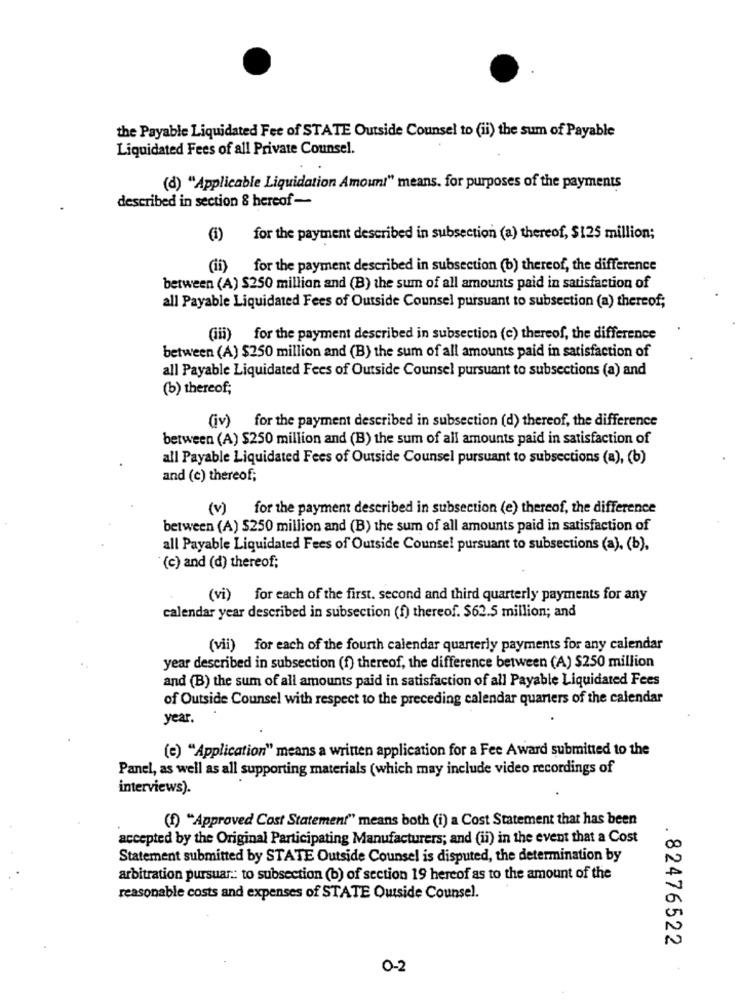
the Payable Liquidated Fee of STATE Outside Counsel to (ii) the sum of Payable
Liquidated Fees of all Private Counsel.
(d) "Applicable Liquidation Amount" means. for purposes of the payments
described in section & hereof -
(1)
for the payment described in subsection (a) thereof, $125 million;
(ii)
for the payment described in subsection (b) thereof, the difference
between (A) $250 million and (B) the sum of all amounts paid in satisfaction of
all Payable Liquidated Fees of Outside Counsel pursuant to subsection (a) thereof;
(iii) for the payment described in subsection (c) thereof, the difference
between (A) $250 million and (B) the sum of all amounts paid in satisfaction of
all Payable Liquidated Fees of Outside Counsel pursuant to subsections (a) and
(b) thereof;
(iv) for the payment described in subsection (d) thereof, the difference
between (A) $250 million and (B) the sum of all amounts paid in satisfaction of
all Payable Liquidated Fees of Outside Counsel pursuant to subsections (a), (b)
and (c) thereof;
(v)
for the payment described in subsection (e) thereof, the difference
between (A) $250 million and (B) the sum of all amounts paid in satisfaction of
all Payable Liquidated Fees of Outside Counsel pursuant to subsections (a), (b),
(c) and (d) thereof;
(vi) for each of the first. second and third quarterly payments for any
calendar year described in subsection (f) thereof. $62.5 million; and
(vii) for each of the fourth calendar quarterly payments for any calendar
year described in subsection (f) thereof, the difference between (A) $250 million
and (B) the sum of all amounts paid in satisfaction of all Payable Liquidated Fees
of Outside Counsel with respect to the preceding calendar quarters of the calendar
year.
(e) "Application" means a written application for a Fee Award submitted to the
Panel, as well as all supporting materials (which may include video recordings of
interviews).
(f) "Approved Cost Statement" means both (i) a Cost Statement that has been
accepted by the Original Participating Manufacturers; and (ii) in the event that a Cost
Statement submitted by STATE Outside Counsel is disputed, the determination by
arbitration pursuar .: to subsection (b) of section 19 hereof as to the amount of the
reasonable costs and expenses of STATE Outside Counsel.
. 82476522
0-2